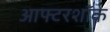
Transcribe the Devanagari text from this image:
आफ्टरशॉक